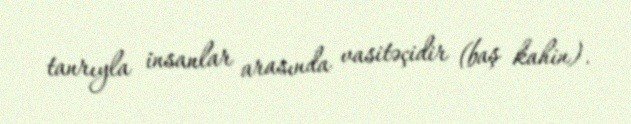
tanrıyla insanlar arasında vasitəçidir (baş kahin).